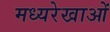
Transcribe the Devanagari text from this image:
मध्यरेखाओं